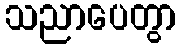
သညာပေတွာ